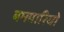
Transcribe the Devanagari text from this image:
बमबारियों